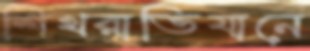
শিখরাভিযানে